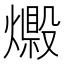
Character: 𤐘